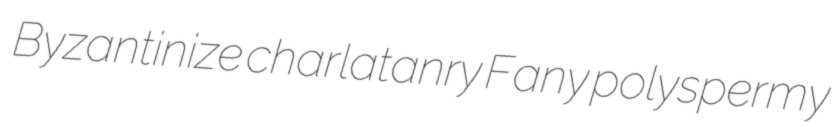
Byzantinize charlatanry Fany polyspermy